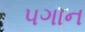
પગાન